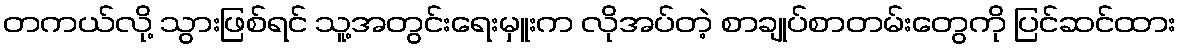
တကယ်လို့ သွားဖြစ်ရင် သူ့အတွင်းရေးမှူးက လိုအပ်တဲ့ စာချုပ်စာတမ်းတွေကို ပြင်ဆင်ထား